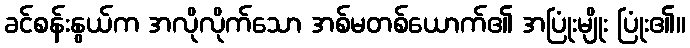
ခင်စန်းနွယ်က အလိုလိုက်သော အစ်မတစ်ယောက်၏ အပြုံးမျိုး ပြုံး၏။